Vaccination in Burma 1889-1999 - 1889-1999
Year: 1889
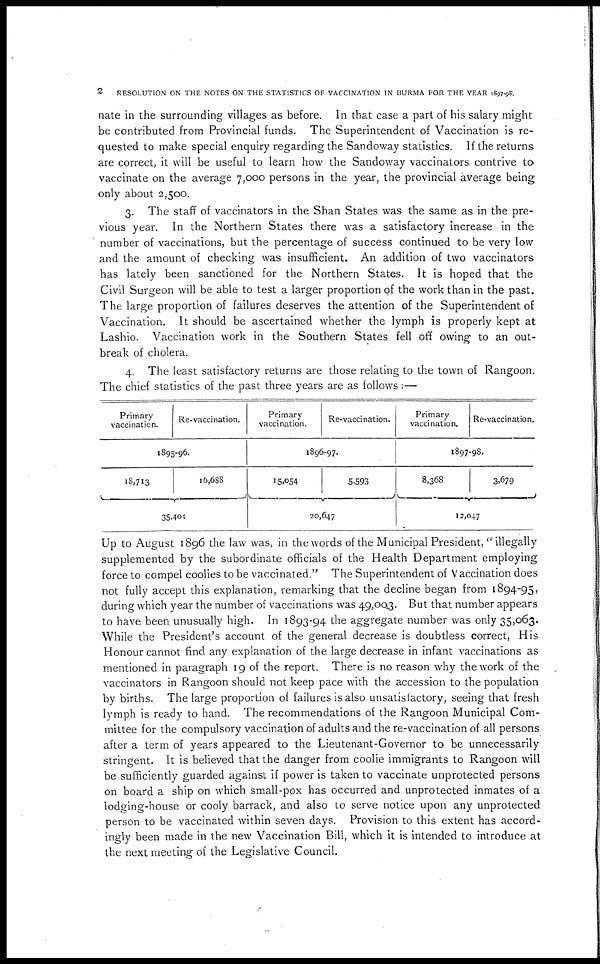
2
RESOLUTION ON THE NOTES ON THE STATISTICS OF VACCINATION IN BURMA FOR THE YEAR 1897-98.
nate in the surrounding villages as before. In that case a part of his salary might
be contributed from Provincial funds. The Superintendent of Vaccination is re-
quested to make special enquiry regarding the Sandoway statistics. If the returns
are correct, it will be useful to learn how the Sandoway vaccinators contrive to
vaccinate on the average 7,000 persons in the year, the provincial average being
only about 2,500.
3. The staff of vaccinators in the Shan States was the same as in the pre-
vious year. In the Northern States there was a satisfactory increase in the
number of vaccinations, but the percentage of success continued to be very low
and the amount of checking was insufficient. An addition of two vaccinators
has lately been sanctioned for the Northern States. It is hoped that the
Civil Surgeon will be able to test a larger proportion of the work than in the past.
The large proportion of failures deserves the attention of the Superintendent of
Vaccination. It should be ascertained whether the lymph is properly kept at
Lashio. Vaccination work in the Southern States fell off owing to an out-
break of cholera.
4. The least satisfactory returns are those relating to the town of Rangoon.
The chief statistics of the past three years are as follows:—
Primary
vaccination.
Re-vaccination.
1895-96.
18,713
16,688
35,401
Primary
vaccination.
Re-vaccination.
1896-97.
15,054
5,593
20,647
Primary
vaccination.
Re-vaccination.
1897-98.
8,368
3,679
12,047
Up to August 1896 the law was, in the words of the Municipal President," illegally
supplemented by the subordinate officials of the Health Department employing
force to compel coolies to be vaccinated." The Superintendent of Vaccination does
not fully accept this explanation, remarking that the decline began from 1894-95,
during which year the number of vaccinations was 49,003. But that number appears
to have been unusually high. In 1893-94 the aggregate number was only 35,063.
While the President's account of the general decrease is doubtless correct, His
Honour cannot find any explanation of the large decrease in infant vaccinations as
mentioned in paragraph 19 of the report. There is no reason why the work of the
vaccinators in Rangoon should not keep pace with the accession to the population
by births. The large proportion of failures is also unsatisfactory, seeing that fresh
lymph is ready to hand. The recommendations of the Rangoon Municipal Com-
mittee for the compulsory vaccination of adults and the re-vaccination of all persons
after a term of years appeared to the Lieutenant-Governor to be unnecessarily
stringent. It is believed that the danger from coolie immigrants to Rangoon will
be sufficiently guarded against if power is taken to vaccinate unprotected persons
on board a ship on which small-pox has occurred and unprotected inmates of a
lodging-house or cooly barrack, and also to serve notice upon any unprotected
person to be vaccinated within seven days. Provision to this extent has accord-
ingly been made in the new Vaccination Bill, which it is intended to introduce at
the next meeting of the Legislative Council.